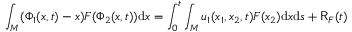
\int _ { M } ( \Phi _ { 1 } ( x , t ) - x ) F ( \Phi _ { 2 } ( x , t ) ) \mathrm { d } x = \int _ { 0 } ^ { t } \int _ { M } u _ { 1 } ( x _ { 1 } , x _ { 2 } , t ) F ( x _ { 2 } ) \mathrm { d } x \mathrm { d } s + \mathsf { R } _ { F } ( t )